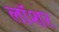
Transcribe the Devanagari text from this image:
लॉशर